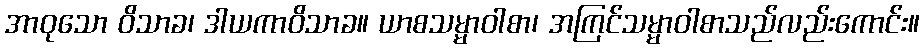
အာဝုသော ဝိသာခ၊ ဒါယကာဝိသာခ။ ယာစသမ္မာဝါစာ၊ အကြင်သမ္မာဝါစာသည်လည်းကောင်း။